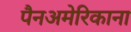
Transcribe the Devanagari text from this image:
पैनअमेरिकाना